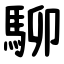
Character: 駠